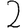
Digit: 2